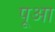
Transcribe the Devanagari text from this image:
पूआ